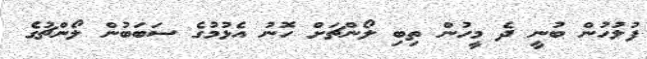
ފުލުހުން ބުނީ ދެ މީހުން ތިބި ލޯންޗަށް ހޮނު އެޅުމުގެ ސަބަބުން ލޯންޗުގެ